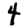
Digit: 4